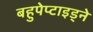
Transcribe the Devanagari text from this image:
बहुपेप्टाइड्ने